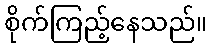
စိုက်ကြည့်နေသည်။